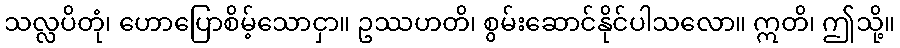
သလ္လပိတုံ၊ ဟောပြောစိမ့်သောငှာ။ ဥဿဟတိ၊ စွမ်းဆောင်နိုင်ပါသလော။ ဣတိ၊ ဤသို့။